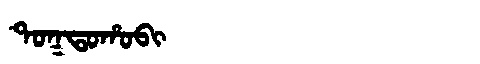
Manchu: ᡨᠣᡴᡨᠣᡥᠣᠪᡳ
Romanization: TOKTOHOBI